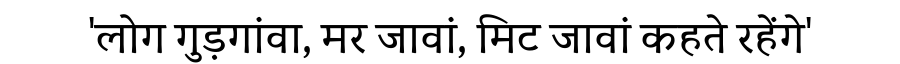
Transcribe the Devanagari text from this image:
'लोग गुड़गांवा, मर जावां, मिट जावां कहते रहेंगे'